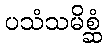
ပသံသမိစ္ဆံ